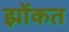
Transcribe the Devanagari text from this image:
झोंकत